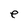
Character: e